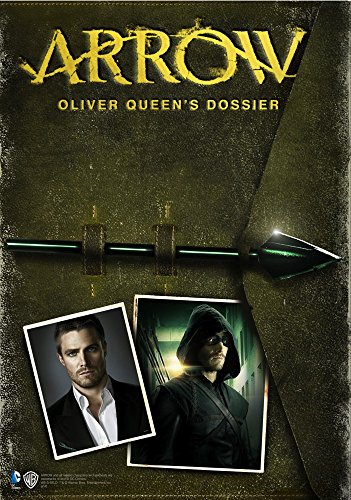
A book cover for Arrow - Oliver Queen's Dossier; Nick Aires; Humor & Entertainment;